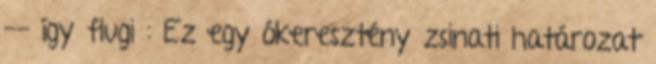
-- így flugi : Ez egy ókeresztény zsinati határozat